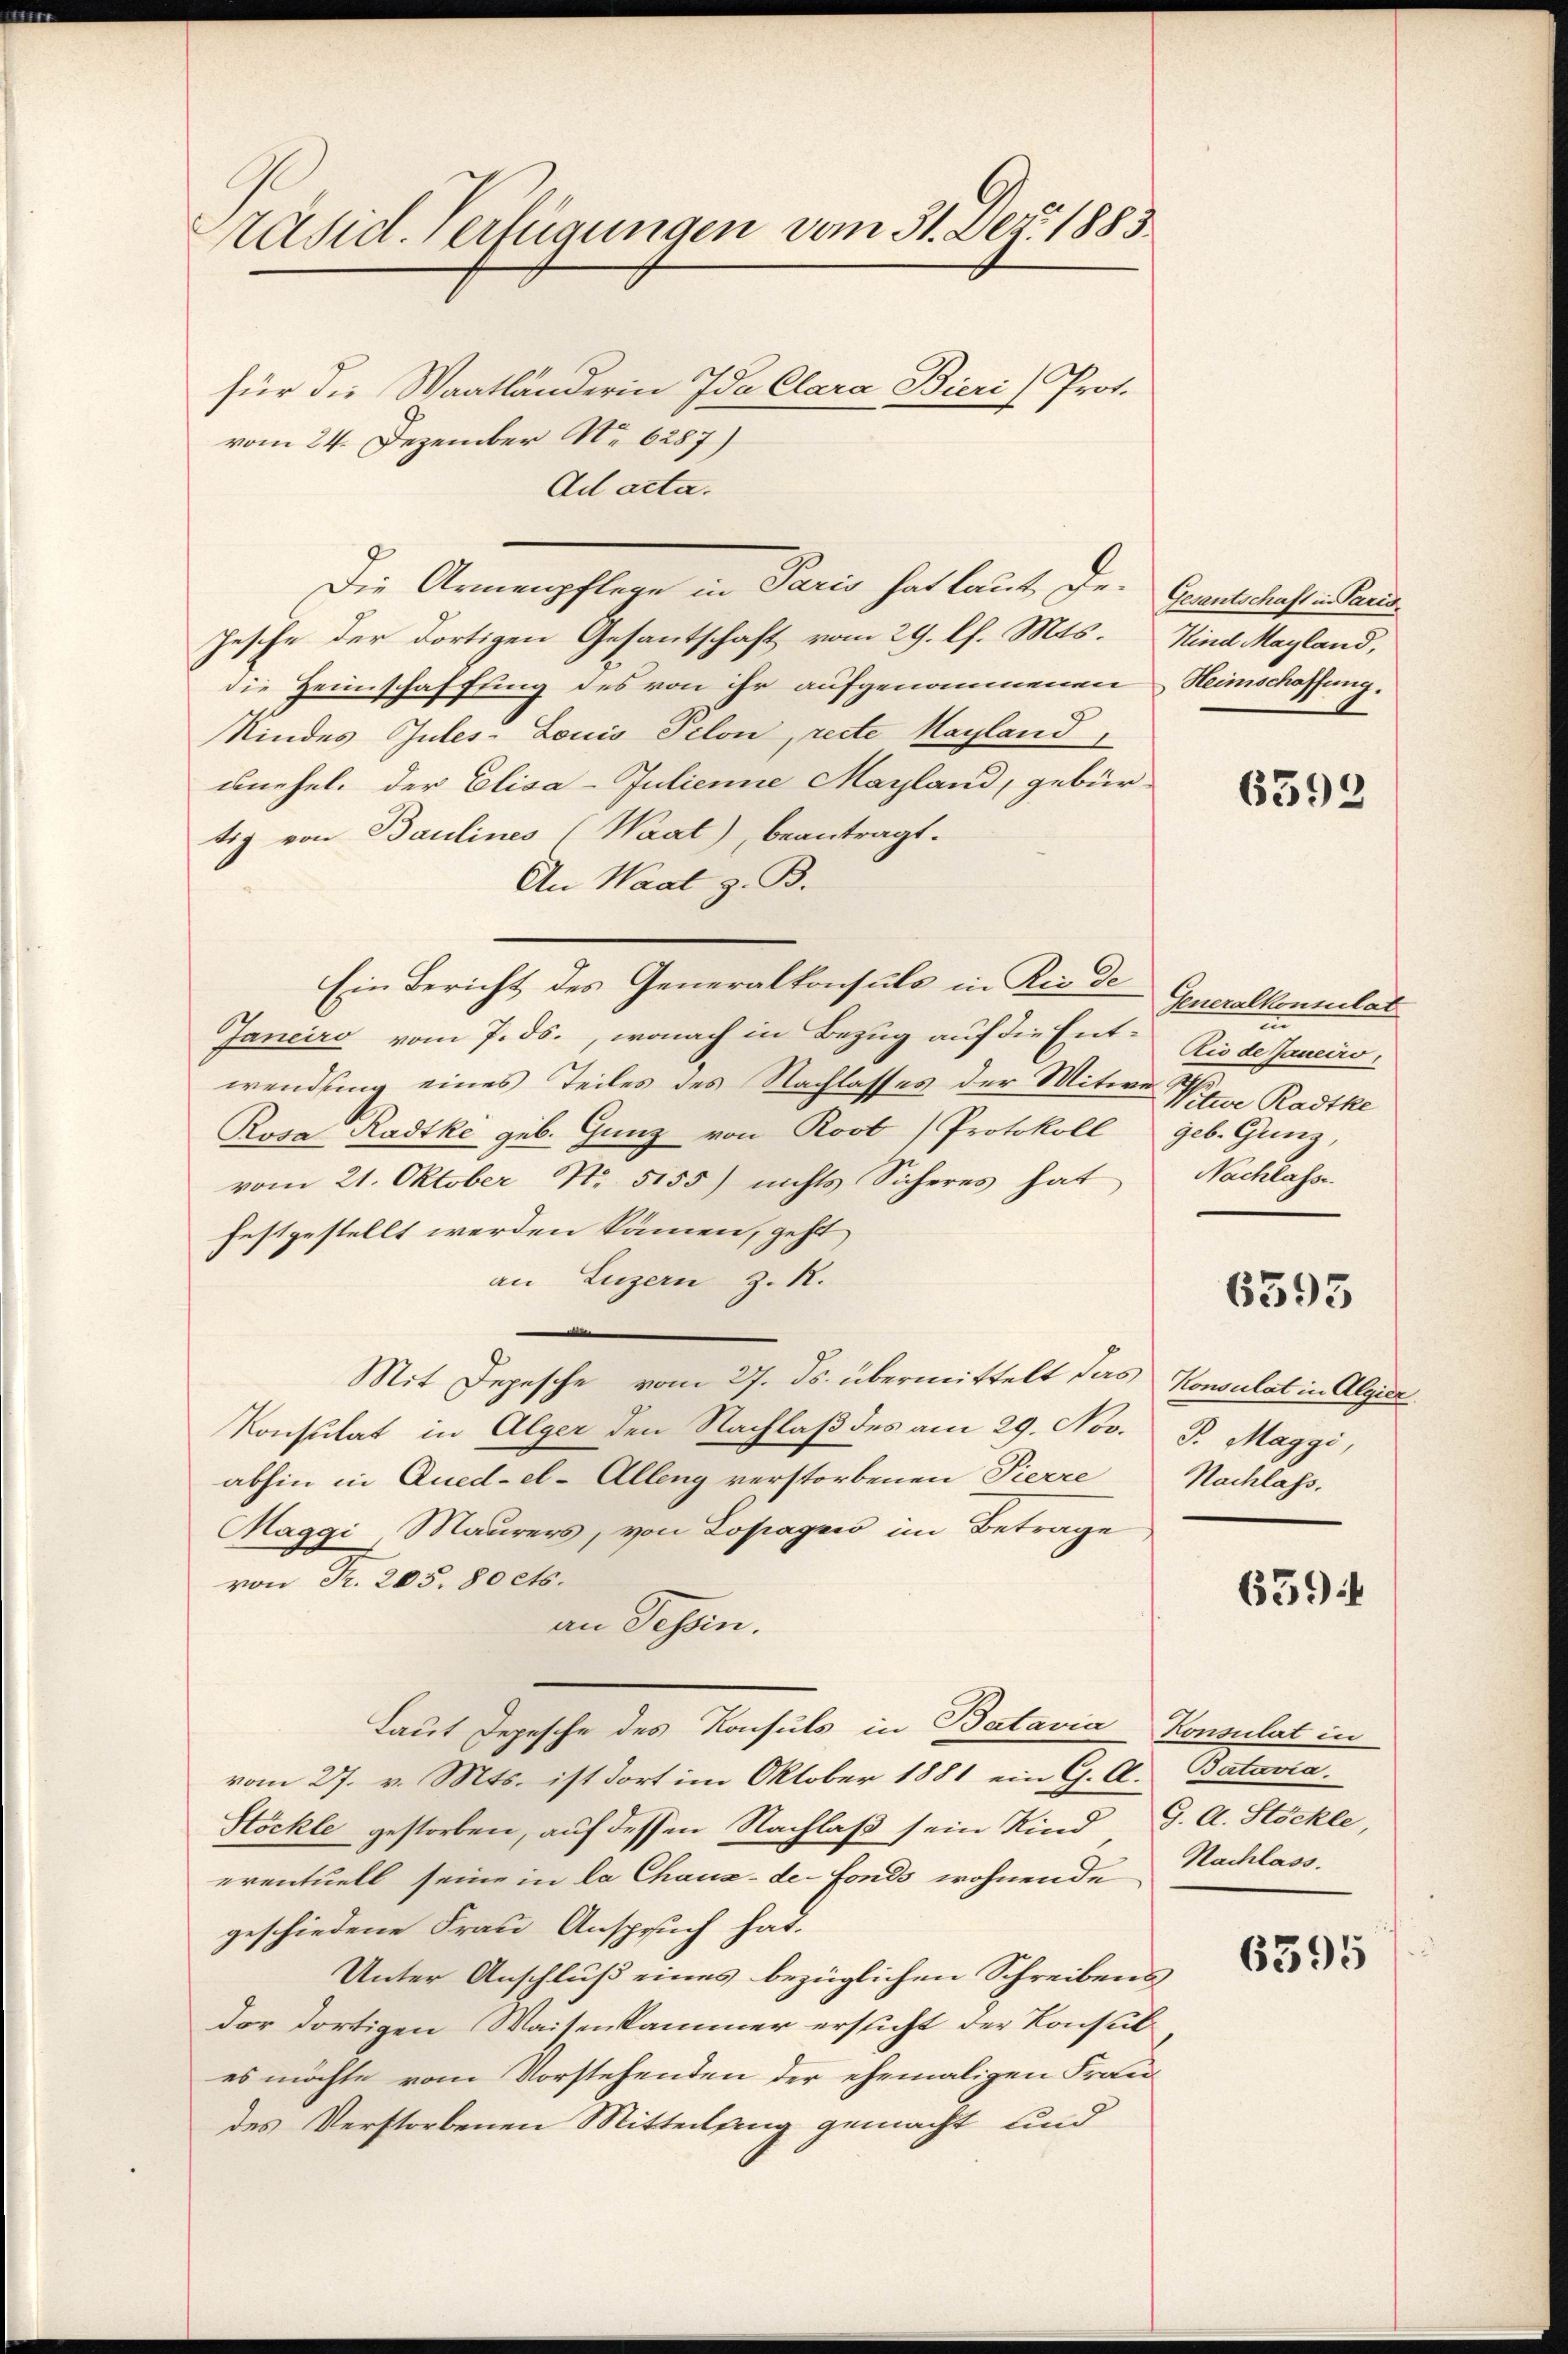
Präsid. Verfügungen vom 31. Dez. 1883.
für die Waatländerin Ida Clara Bieri Prof.
vom 24. Dezember No 6287)

Ad acta.
Jesche der dortigen Gesantschaft vom 29. l. Mts. Kind Mayland,
die Heimschaffung des von ihr aufgenommenen Heimschaffung.
Kindes Gutes Louis Pilon, recte Mayland,
unehel. der Elisa-Julienne Mayland, gebür-
tig von Baulines (Waal), beantragt.
An Waal z. B.
Ein Bericht des Generalkonsuls in Rio de
Janeiro vom 7. ds., wonach in Bezug auf die Entwendung eines Teiles des Nachlasses der Mitwe Ise
Rosa Radtke geb. Gunz von Rost Protokoll geb. Gunz,
vom 21. Oktober No. 5155) nichts Sicheres hat
festgestellt werden kämen, geht
an Luzern z. R.
Mit Depesche vom 27. ds. übermittelt das Konsulat in Algier
Konsulat in Alger den Nachlaß des am 29. Nov. P. Maggi,
abhin in Qued-el-Alleng verstorbenen Pierre Nachlass,
Maggi, Maurers, von Lopagnis im Betrage
von Fr. 205. 80 cts.
an Tessin.
Laut Depesche des Konsuls in Batavia Konsulat in
vom 27. v. Mts. ist dort im Oktober 1881 ein G. A. Batavia.
Stöckle gestorben, auf dessen Nachlaß sein Kind G. A. Stöckle,
eventuell seine in la Chaux-de-Fonds wohnende Nachlass
geschiedene Frau Anspruch hat.
Unter Anschluß eines bezüglichen Schreibens
der dortigen Waisenkammer ersucht der Konsul
es möchte vom Vorstehenden der ehemaligen Fraudes Verstorbenen Mitteilung gemacht und

Die Armenpflege in Paris hat laut Dr. Gesantschaft in Paris

6392

Generalkonsulat
in
Rio de Janeiro,
Nitwe Radtke
Nachlasse.

6595

659.

6395